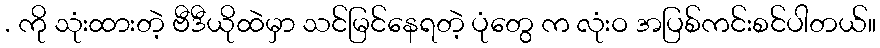
. ကို သုံးထားတဲ့ ဗီဒီယိုထဲမှာ သင်မြင်နေရတဲ့ ပုံတွေ က လုံးဝ အပြစ်ကင်းစင်ပါတယ်။